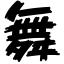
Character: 舞